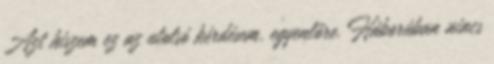
Azt hiszem ez az utolsó kérdésem. egyenlőre. Háborúban nincs